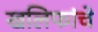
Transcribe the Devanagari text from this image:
खलिफांचे